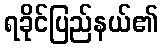
ရခိုင်ပြည်နယ်၏